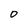
Character: O